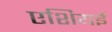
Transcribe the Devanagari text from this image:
एशियई